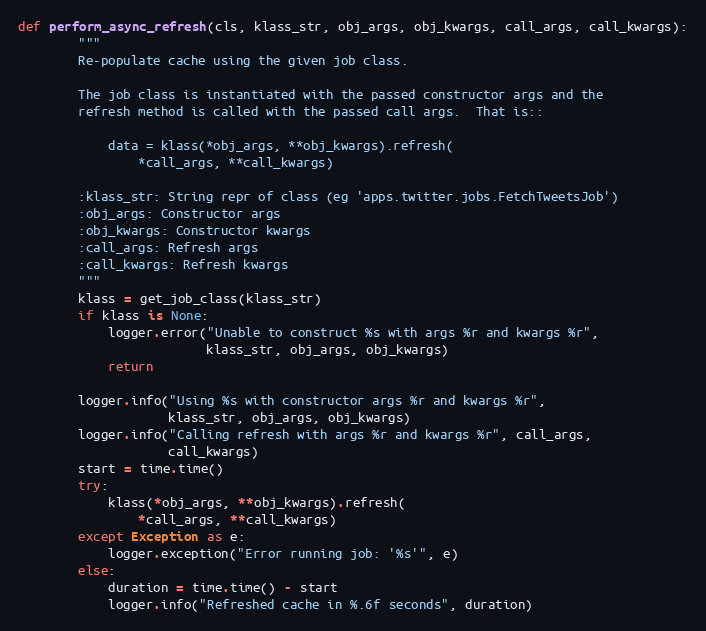
Language: Python
def perform_async_refresh(cls, klass_str, obj_args, obj_kwargs, call_args, call_kwargs):
        """
        Re-populate cache using the given job class.

        The job class is instantiated with the passed constructor args and the
        refresh method is called with the passed call args.  That is::

            data = klass(*obj_args, **obj_kwargs).refresh(
                *call_args, **call_kwargs)

        :klass_str: String repr of class (eg 'apps.twitter.jobs.FetchTweetsJob')
        :obj_args: Constructor args
        :obj_kwargs: Constructor kwargs
        :call_args: Refresh args
        :call_kwargs: Refresh kwargs
        """
        klass = get_job_class(klass_str)
        if klass is None:
            logger.error("Unable to construct %s with args %r and kwargs %r",
                         klass_str, obj_args, obj_kwargs)
            return

        logger.info("Using %s with constructor args %r and kwargs %r",
                    klass_str, obj_args, obj_kwargs)
        logger.info("Calling refresh with args %r and kwargs %r", call_args,
                    call_kwargs)
        start = time.time()
        try:
            klass(*obj_args, **obj_kwargs).refresh(
                *call_args, **call_kwargs)
        except Exception as e:
            logger.exception("Error running job: '%s'", e)
        else:
            duration = time.time() - start
            logger.info("Refreshed cache in %.6f seconds", duration)